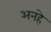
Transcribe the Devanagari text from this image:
अनहे